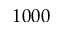
1 0 0 0